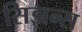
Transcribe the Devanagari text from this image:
सिझन्स